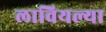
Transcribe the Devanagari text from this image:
लावियल्या